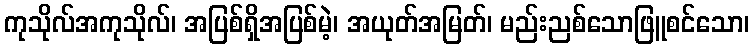
ကုသိုလ်အကုသိုလ်၊ အပြစ်ရှိအပြစ်မဲ့၊ အယုတ်အမြတ်၊ မည်းညစ်သောဖြူစင်သော၊